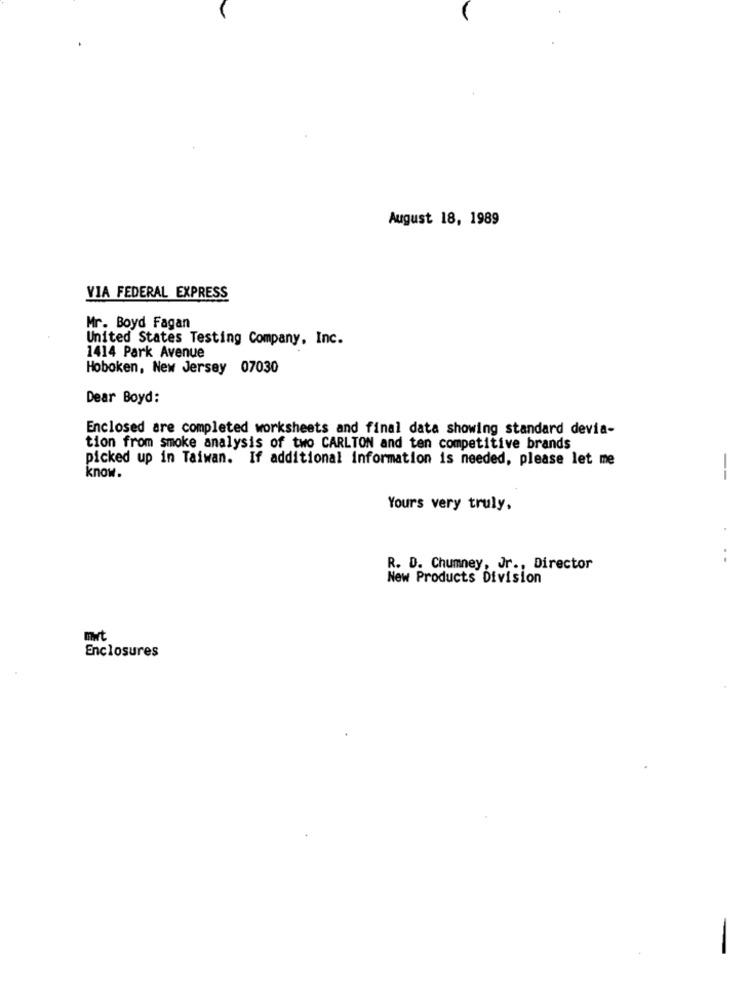
August 18, 1989
VIA FEDERAL EXPRESS
Mr. Boyd Fagan
United States Testing Company, Inc.
1414 Park Avenue
Hoboken, New Jersey 07030
Dear Boyd:
Enclosed are completed worksheets and final data showing standard devia-
tion from smoke analysis of two CARLTON and ten competitive brands
picked up in Taiwan. If additional information is needed, please let me
know.
--
Yours very truly.
...
R. D. Chumney, Jr ., Director
New Products Division
mwt
Enclosures
-